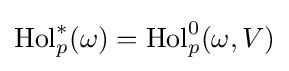
\operatorname {Hol} _{p}^{*}(\omega )=\operatorname {Hol} _{p}^{0}(\omega ,V)